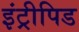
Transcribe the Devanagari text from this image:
इंट्रीपिड